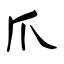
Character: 爪